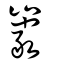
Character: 巖